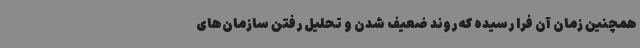
همچنین زمان آن فرا رسیده که روند ضعیف شدن و تحلیل رفتن سازمان‌های